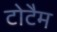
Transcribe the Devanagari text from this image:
टोटैम